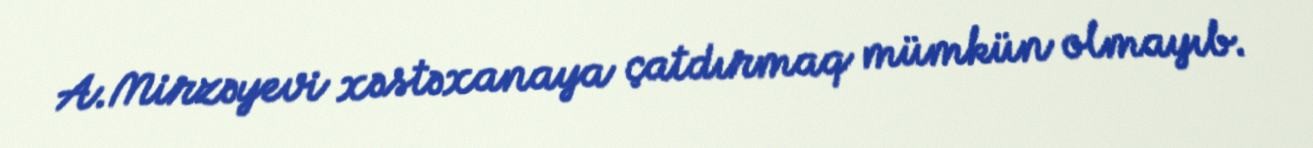
A.Mirzəyevi xəstəxanaya çatdırmaq mümkün olmayıb.